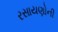
રસાયણોની